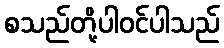
စသည်တို့ပါဝင်ပါသည်